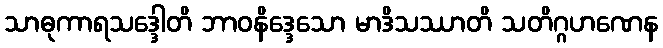
သာဓုကာရသဒ္ဒေါတိ ဘာဝနိဒ္ဒေသော မာဒိသဿာတိ သတိဂ္ဂဟဏေန